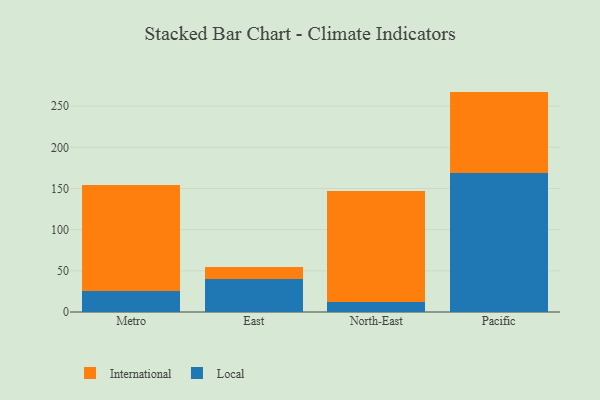
{"axis": {"x": "Region", "y": "Operating Costs (USD K)"}, "legend": ["International", "Local"], "data": [{"x": "Metro", "y": 25.9, "type": "Local"}, {"x": "Metro", "y": 127.9, "type": "International"}, {"x": "East", "y": 40.3, "type": "Local"}, {"x": "East", "y": 13.9, "type": "International"}, {"x": "North-East", "y": 12.7, "type": "Local"}, {"x": "North-East", "y": 134.1, "type": "International"}, {"x": "Pacific", "y": 169.1, "type": "Local"}, {"x": "Pacific", "y": 98.6, "type": "International"}]}